Lunatic asylums in Bengal annual reports 1912-1924 - 1912-1924
Year: 1912
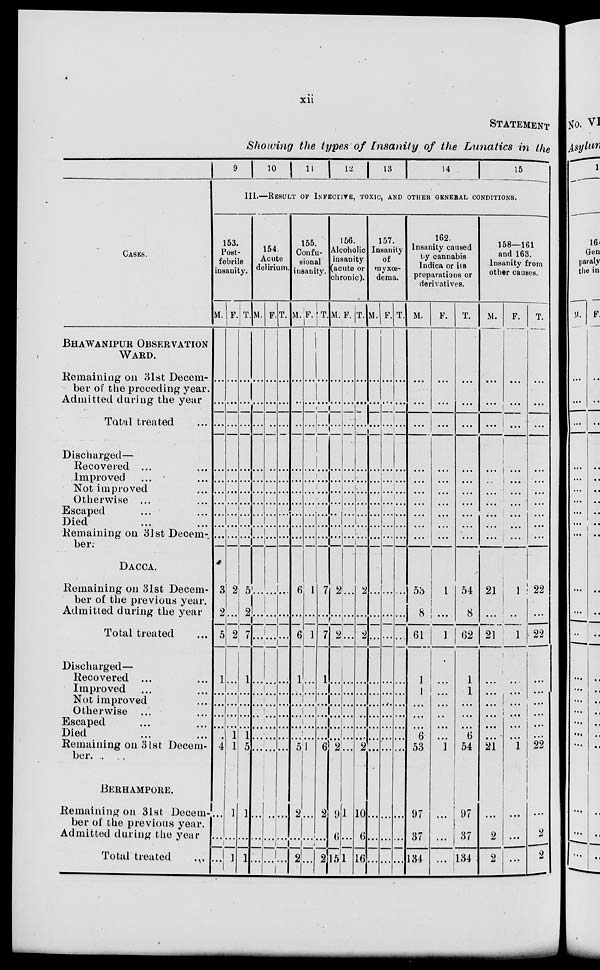
xii
STATEMENT
Showing the types of Insanity of the Lunatics in the
CASES.
BHAWANIPUR OBSERVATION
WARD.
Remaining on 31st Decem-
ber of the preceding year.
Admitted during the year
Total treated ...
Discharged—
Recovered ... ...
Improved ... ...
Not improved ...
Otherwise ... ...
Escaped ... ...
Died ... ...
Remaining on 31st Decem-
ber.
DACCA.
Remaining on 31st Decem-
ber of the previous year.
Admitted during the year
Total treated ...
Discharged—
Recovered ... ...
Improved ... ...
Not improved ... ...
Otherwise ... ...
Escaped ... ...
Died ... ...
Remaining on 31st Decem-
ber.
BERHAMPORE.
Remaining on 31st. Decem-
ber of the previous year.
Admitted during the year
Total treated
...
9
10
1 1 12
13
14
15
III.—RESULT OF INFECTION, TOXIC, AND OTHER GENERAL CONDITIONS.
153.
Post-
febrile
insanity.
M.
...
...
...
...
...
...
...
...
...
...
3
2
5
1
...
...
...
...
...
4
...
...
...
F.
...
...
...
...
...
...
...
...
...
...
2
...
2
...
...
...
...
...
1
1
1
...
1
T.
...
...
...
...
...
...
...
...
...
...
5
2
7
1
...
...
...
...
1
5
1
...
1
154.
Acute
delirium.
M.
...
...
...
...
...
...
...
...
...
...
...
...
...
...
...
...
...
...
...
...
...
...
...
F.
...
...
...
...
...
...
...
...
...
...
...
...
...
...
...
...
...
...
...
...
...
...
...
T.
...
...
...
...
...
...
...
...
...
...
...
...
...
...
...
...
...
...
...
...
...
...
...
155.
Confu-
sional
insanity.
M.
...
...
...
...
...
...
...
...
...
...
6
...
6
1
...
...
...
...
...
5
2
...
2
F.
...
...
...
...
...
...
...
...
...
...
1
...
1
...
...
...
...
...
...
1
...
...
...
T.
...
...
...
...
...
...
...
...
...
...
7
...
7
1
...
...
...
...
...
6
2
...
2
156.
Alcoholic
insanity
(acute or
chronic).
M.
...
...
...
...
...
...
...
...
...
...
2
...
2
...
...
...
...
...
...
2
9
6
15
F.
...
...
...
...
...
...
...
...
...
...
...
...
...
...
...
...
...
...
...
...
1
...
1
T.
...
...
...
...
...
...
...
...
...
...
2
...
2
...
...
...
...
...
...
2
10
6
16
157.
Insanity
of
myxœ-
dema.
M.
...
...
...
...
...
...
...
...
...
...
...
...
...
...
...
...
...
...
...
...
...
...
...
F.
...
...
...
...
...
...
...
...
...
...
...
...
...
...
...
...
...
...
...
...
...
...
...
T.
...
...
...
...
...
...
...
...
...
...
...
...
...
...
...
...
...
...
...
...
...
...
...
162.
Insanity caused
by cannabis
Indica or its
preparations or
derivatives.
M.
...
...
...
...
...
...
...
...
...
...
53
8
61
1
1
...
...
...
6
53
97
37
134
F.
...
...
...
...
...
...
...
...
...
...
1
...
1
...
...
...
...
...
...
1
...
...
...
T.
...
...
...
...
...
...
...
...
...
...
54
8
62
1
1
...
...
...
6
54
97
37
134
158—161
and 163.
Insanity from
other causes.
M.
...
...
...
...
...
...
...
...
...
...
21
...
21
...
...
...
...
...
...
21
...
2
2
F.
...
...
...
...
...
...
...
...
...
...
1
...
1
...
...
...
...
...
...
1
...
...
...
T.
...
...
...
...
...
...
...
...
...
...
22
...
22
...
...
...
...
...
...
22
...
2
2